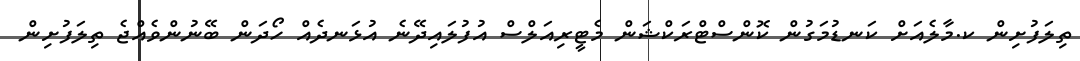
ތިލަފުށިން ކ.މާލެއަށް ކަނޑުމަގުން ކޮންސްޓްރަކްޝަން މެޓީރިއަލްސް އުފުލައިދޭނެ އުޅަނދެއް ހޯދަން ބޭނުންވެއްޖެ ތިލަފުށިން